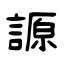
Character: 謜